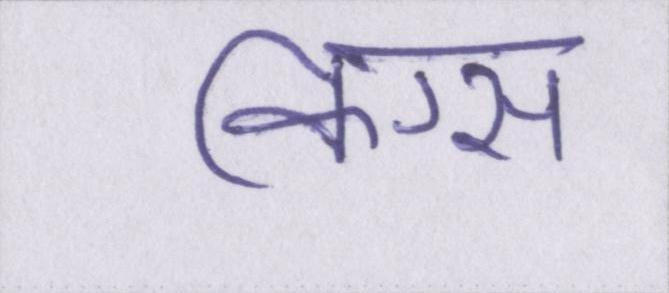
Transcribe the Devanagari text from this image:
किंग्स